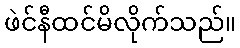
ဖဲင်နီထင်မိလိုက်သည်။